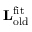
\mathbf { L } _ { \mathrm { o l d } } ^ { \mathrm { f i t } }